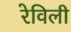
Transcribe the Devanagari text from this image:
रेविली